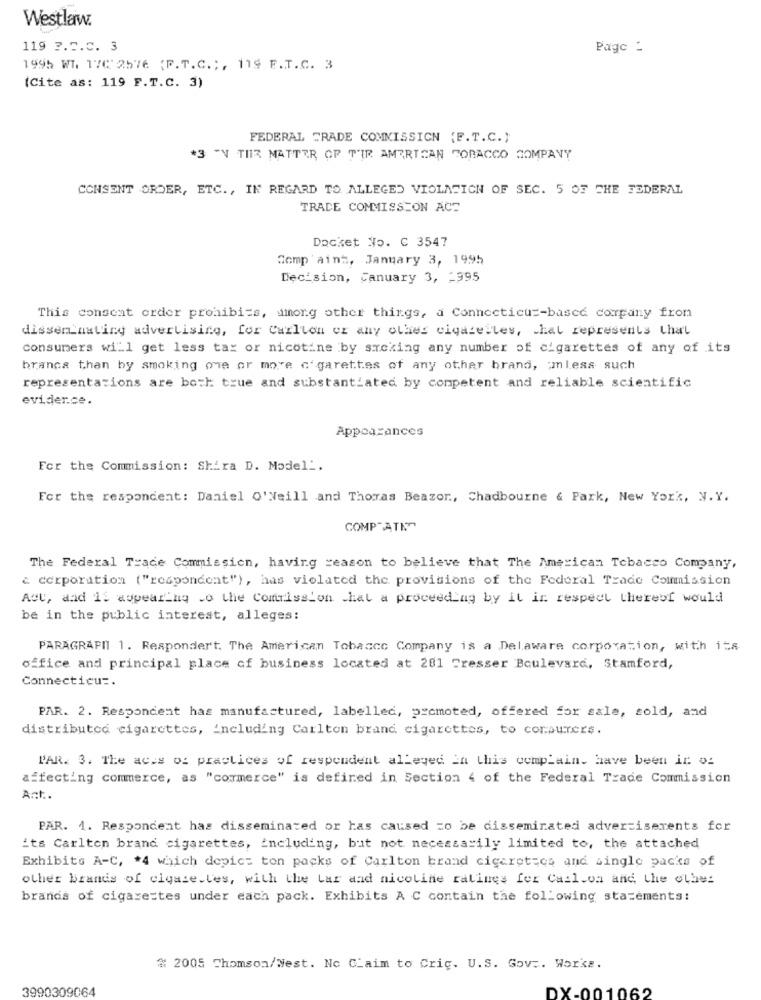
Westlaw.
119 ?. 5.C. 3
Page :
1995 WI. 17C:2576 (P.T.C .;, 119 F.T.C. 3
(Cite as: 119 F.T.C. 3)
FEDERAL TRADE COMMISSION (F.T.C.)
*3 "V TIR MATTER OF TIR AMERICAN FORACCO COMPANY
CONSENT ORDER, ETC ., IN REGARD TO ALLEGED VIOLATION OF SEC. 5 OF THE FEDERAL
TRADE COMMISSION ACE
Docket No. C 3547
Comp aint, January 3, 1995
Decision, january 3, - 995
This consent order prohibits, among other things, a Connecticut-based company from
disseminating advertising, for Carlton or any other cigazelles, that represents that
consumers will get less tax or nicotine by smoking any number of cigarettes of any of its
branca than by smoking one or more cigarettes of any other brand, ; mless such
representations are both true and substantiated by competent and reliable scientific
evidence.
Appearances
For the Commission: Shira D. Model _.
For the respondent: Daniel O'Neill and Thomas Beazor, Chadbourne & Park, New York, N. Y.
COMP-ATE
The Federal Trade Commission, having reason to believe that The American Tobacco Company,
c corporation ("respondent"), has violated the provisions of the Federal Trade Commission
Aut, dad 15 aupearing .o the Commission chat a proceeding by it ir respect thereof would
be in the public interest, alleges:
PARAGRAPH 1. Respondert. The American Tobacco Company is a Delaware corporation, with its
office and principal place of business located at 201 Fresser Boulevard, Stamford,
Connecticut.
PAR. 2. Respondent has manufactured, labelled, promoted, offered for sale, sold, and
distributed cigarettes, Including Carlton brand. cigarettes, to corpurers.
PAR. 3. The aces of practices of respondent alleged in this complain. have been ir of
affecting commerce, as "commerce" is defined in Section 4 of the Federal Trade Commission
Art.
PAR. 1. Respondent has disseminated or has caused to be disseminated advertisements for
its Carlton brand cigarettes, including, but not necessarily limited to, the attached
Exhibits A-C, * 4 which depict ton packs of Carlton brand cigarettes and single packs of
other brands of cigarettes, with the Lar and nicoline ratings for Caslion and the other
brands of cigarettes under each pack. Exhibits A C contain the following statements:
# 2005 Thomson/West. No Claim to Cric. U.S. Gov .. Works.
3990309064
DX-001062